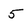
Character: 5